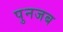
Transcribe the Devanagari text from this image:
पुनजब